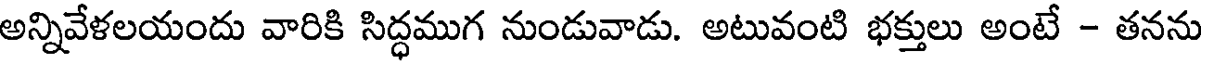
అన్నివేళలయందు వారికి సిద్ధముగ నుండువాడు. అటువంటి భక్తులు అంటే - తనను